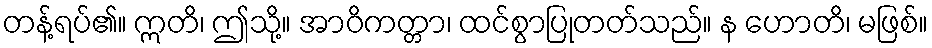
တန့်ရပ်၏။ ဣတိ၊ ဤသို့။ အာဝိကတ္တာ၊ ထင်စွာပြုတတ်သည်။ န ဟောတိ၊ မဖြစ်။